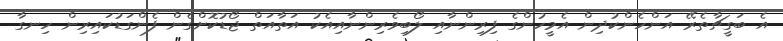
އެ ބަގީޗާތެރޭ އަންހެންކުދިން އެމީހުންގެ ފިރިންނާއި ލޯބިވެރިންނާއިއެކު އަތާއަތް ޖޯޑުކޮށްގެން ފެންގަޑުކައިރިން ހިނގާ